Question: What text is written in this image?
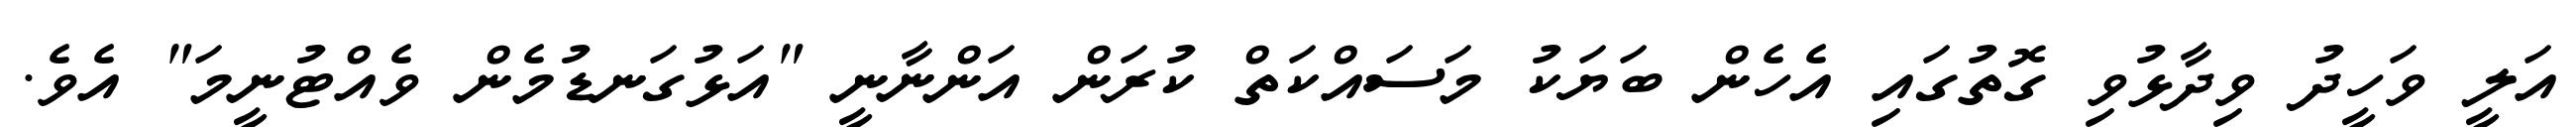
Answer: އަލީ ވަހީދު ވިދާޅުވި ގޮތުގައި އެހެން ބަޔަކު މަސައްކަތް ކުރަން އަންނާނީ "އަޅުގަނޑުމެން ވެއްޓުނީމަ" އެވެ.